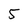
Character: 5